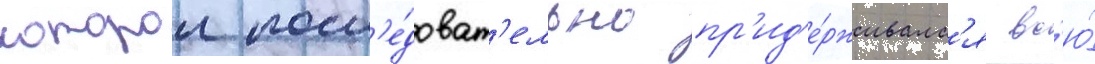
которои посл'е́доват'ельно пр'ид'е́рживалс'я вс'ю́